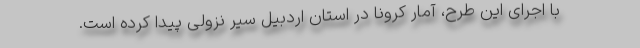
با اجرای این طرح، آمار کرونا در استان اردبیل سیر نزولی پیدا کرده است.